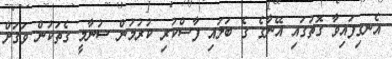
އެނގިފައިވާ ގޮތުގައި އޭނާގެ ގެ ބަލައި ފާސްކުރި ކުރުމުން ސުނާމީ ގެތަކުން ވަގަށް